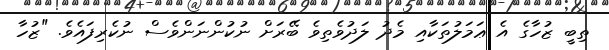
ތިބީ ޒުހާގެ އެ ޢަމަލުތަކާއި މެދު ލަދުވެތިވެ ބޭރަށް ނުކުންނަންވެސް ނުކެރިފައެވެ. "ޒުހާ